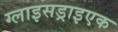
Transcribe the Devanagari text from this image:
ग्लाइसड्राइएक